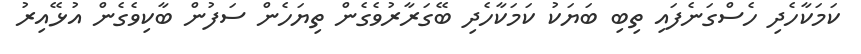
ކަމަކާހެދި ހެސްގަނެފައި ތިބި ބަޔަކު ކަމަކާހެދި ބޭގަރާރުވެގެން ތިޔަހެން ސަފުން ބާކިވެގެން އުޅޭއިރު